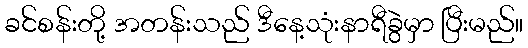
ခင်စန်းတို့ အတန်းသည် ဒီနေ့သုံးနာရီခွဲမှာ ပြီးမည်။